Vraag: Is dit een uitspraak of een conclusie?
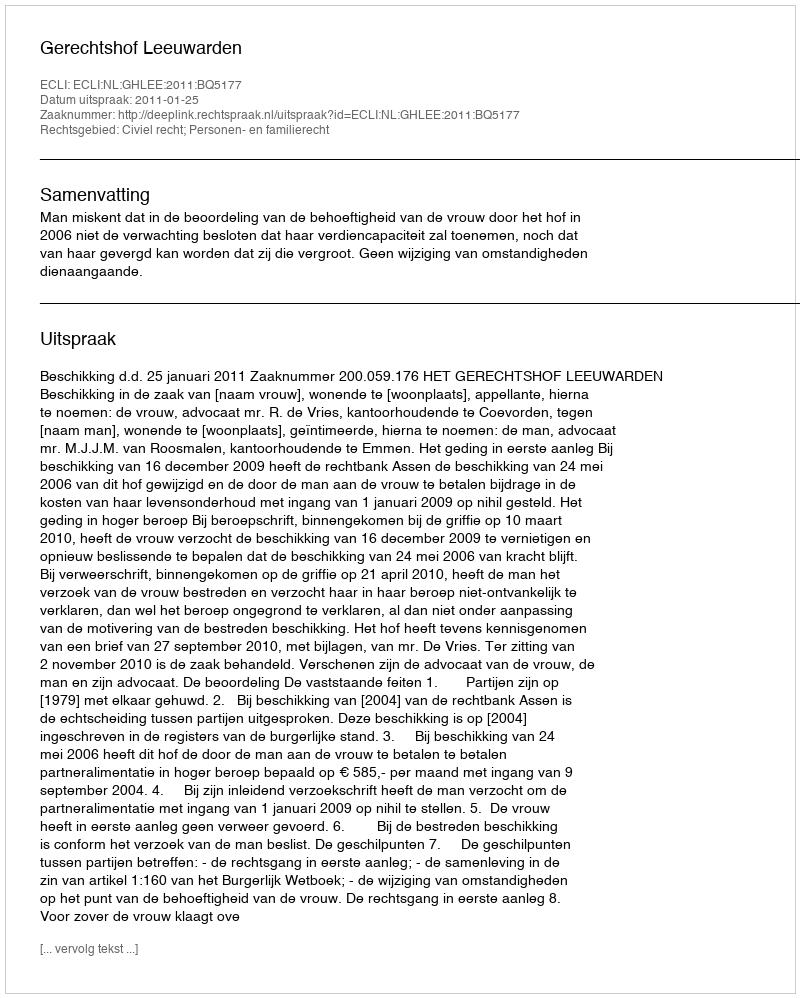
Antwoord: Uitspraak